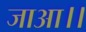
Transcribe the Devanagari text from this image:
जाआ।।